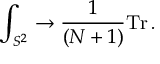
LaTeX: \int _ { S ^ { 2 } } \to { \frac { 1 } { ( N + 1 ) } } \mathrm { T r } \, .